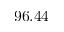
9 6 . 4 4